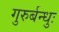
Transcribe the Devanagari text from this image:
गुरुर्बन्धुः